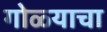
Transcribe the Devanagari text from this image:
गोळ्याचा